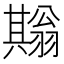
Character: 𦒙